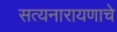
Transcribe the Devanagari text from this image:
सत्यनारायणाचे